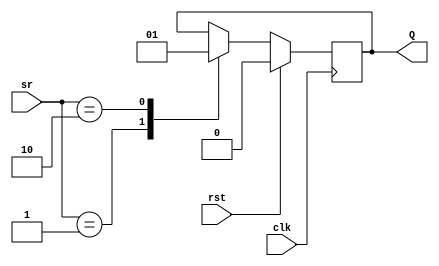
module sr_ff(
  input [1:0]sr,
  input clk, rst,
  output reg Q);
  wire Qbar;
  
  always@(posedge clk) begin
    if(rst)
      Q <= 1'b0;
    else
      begin
        case(sr)
          0:Q <= Q;
          1:Q <= 0;
          2:Q <= 1;
          default:Q <= Q;
        endcase
      end
   
  end
  assign  Qbar = ~Q;
endmodule